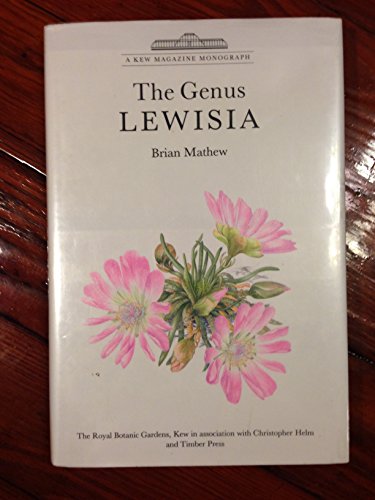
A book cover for Genus Lewisia (Kew Magazine Monograph); Brian Mathew; Science & Math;